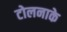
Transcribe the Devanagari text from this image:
टोलनाके